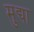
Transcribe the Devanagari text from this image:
मुद्या